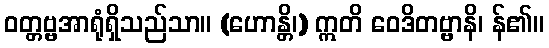
ဝတ္တဗ္ဗအာရုံရှိသည်သာ။ (ဟောန္တိ၊) ဣတိ ဝေဒိတဗ္ဗာနိ၊ န်၏။